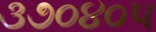
૩૭૦૪૦૫